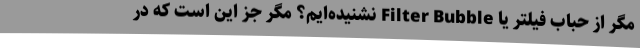
مگر از حباب فیلتر یا Filter Bubble نشنیده‌ایم؟ مگر جز این است که در